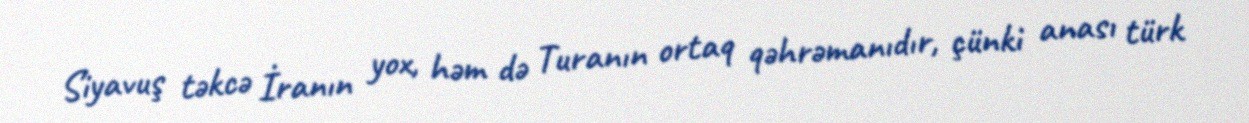
Siyavuş təkcə İranın yox, həm də Turanın ortaq qəhrəmanıdır, çünki anası türk